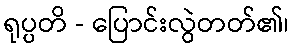
ရုပ္ပတိ - ပြောင်းလွဲတတ်၏၊